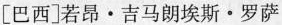
[巴西]若昂·吉马朗埃斯·罗萨